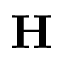
\mathbf { H }